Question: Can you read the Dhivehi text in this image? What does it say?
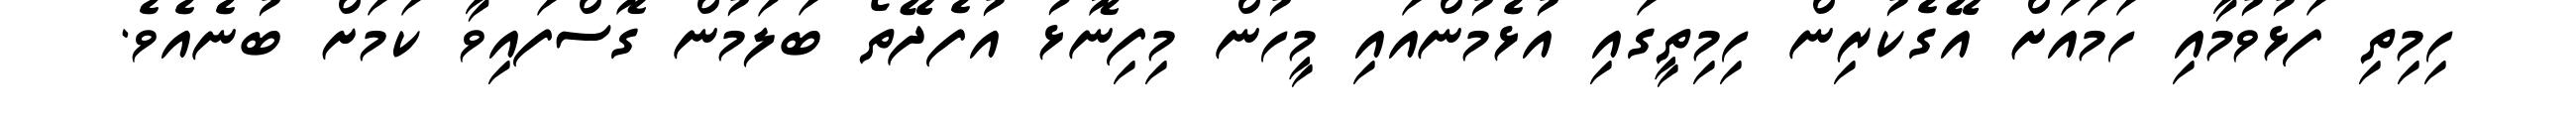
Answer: ހިމިތި ފަޅުވުމާއި ހަމައަށް އޭގެކުރިން ހިމިތީގައި އުޅެމުންއައި މީހުން މިފިނޮޅު އުފެދޭތޯ ބަލަމުން ގޮސްފައިވާ ކަމަށް ބުނެއެވެ.